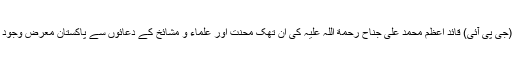
نارووال(جی پی آئی) قائد اعظم محمد علی جناح رحمة اللہ علیہ کی ان تھک محنت اور علماء و مشائخ کے دعائوں سے پاکستان معرض وجود میں آیا ۔